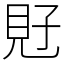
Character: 覎